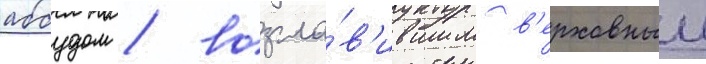
аббудом / возгла́в'ившим в'ерховныи